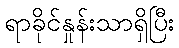
ရာခိုင်နှုန်းသာရှိပြီး